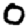
Digit: 0